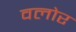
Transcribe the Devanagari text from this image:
वलोर